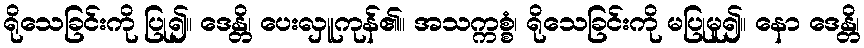
ရိုသေခြင်းကို ပြု၍။ ဒေန္တိ၊ ပေးလှူကုန်၏။ အသက္ကစ္စံ၊ ရိုသေခြင်းကို မပြုမူ၍။ နော ဒေန္တိ၊